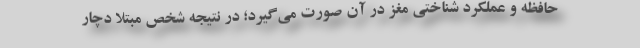
حافظه و عملکرد شناختی مغز در آن صورت می‌گیرد؛ در نتیجه شخص مبتلا دچار